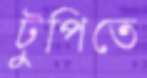
টুপিতে